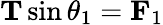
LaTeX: \mathbf{T}\sin\theta_{1}=\mathbf{F}_{1}